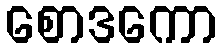
စောဒကော